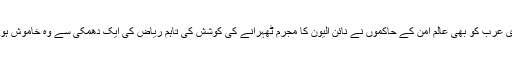
سعودی عرب کو بھی عالم امن کے حاکموں نے نائن الیون کا مجرم ٹھہرانے کی کوشش کی تاہم ریاض کی ایک دھمکی سے وہ خاموش ہوگئے ۔